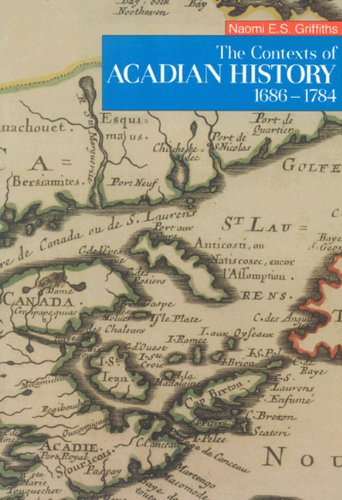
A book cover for The Contexts of Acadian History, 1686-1784 (The 1988 Winthrop Pickard Bell Lectures in Maritime Studies); Naomi Griffiths; History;